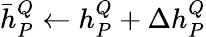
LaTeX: \begin{array}{r}{\bar{h}_{P}^{Q}\leftarrow h_{P}^{Q}+\Delta h_{P}^{Q}}\end{array}